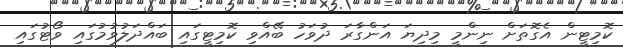
ކޮމިޓީން އެގޮތަށް ނިންމީ މިދިޔަ އަންގާރަ ދުވަހު ބޭއްވި ކޮމިޓީގައި ބައްދަލުވުމުގައި ވޯޓުގައި